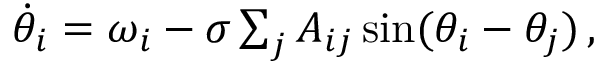
\begin{array} { r } { \Dot { \theta } _ { i } = \omega _ { i } - \sigma \sum _ { j } A _ { i j } \sin ( \theta _ { i } - \theta _ { j } ) \, , } \end{array}